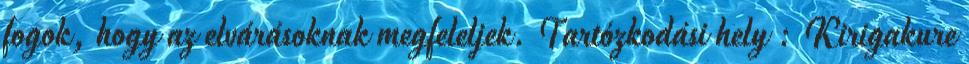
fogok, hogy az elvárásoknak megfeleljek. Tartózkodási hely : Kirigakure